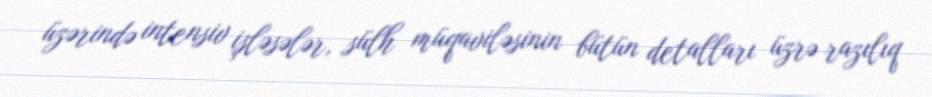
üzərində intensiv işləsələr, sülh müqaviləsinin bütün detalları üzrə razılıq